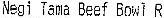
NEGI TAMA BEEF BOWL R